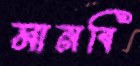
মানবি